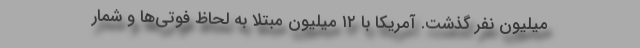
میلیون نفر گذشت. آمریکا با ۱۲ میلیون مبتلا به لحاظ فوتی‌ها و شمار